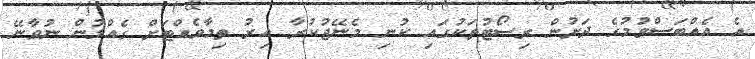
އެ އެއްބަސްވުމުގެ ދަށުން ރިސޯޓުތަކުގައި ކުނި މެނޭޖުކުރާ އިރު ތިމާވެއްޓަށް ގެއްލުން ނުވާނޭ